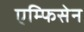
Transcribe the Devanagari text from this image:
एम्फिसेन